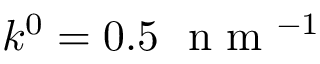
k ^ { 0 } = 0 . 5 ~ \mathrm { ~ n ~ m ~ } ^ { - 1 }